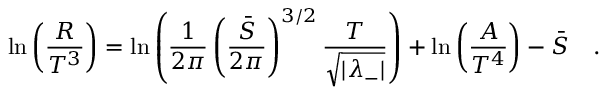
\ln \left( \frac { R } { T ^ { 3 } } \right) = \ln \left( \frac { 1 } { 2 \pi } \left( \frac { \bar { S } } { 2 \pi } \right) ^ { 3 / 2 } \frac { T } { \sqrt { | \lambda _ { - } | } } \right) + \ln \left( \frac { A } { T ^ { 4 } } \right) - \bar { S } \quad .